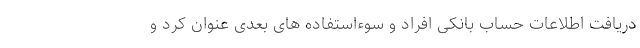
دریافت اطلاعات حساب بانکی افراد و سوءاستفاده های بعدی عنوان کرد و